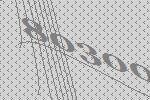
80300